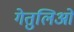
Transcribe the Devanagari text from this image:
गेतुलिओ